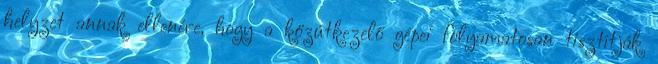
helyzet annak ellenére, hogy a közútkezelő gépei folyamatosan tisztítják